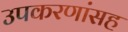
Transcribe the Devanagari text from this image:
उपकरणांसह